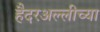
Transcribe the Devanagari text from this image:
हैदरअल्लीच्या